Annual statistical returns and brief notes on vaccination in Bengal - 1887-1898
Year: 1887
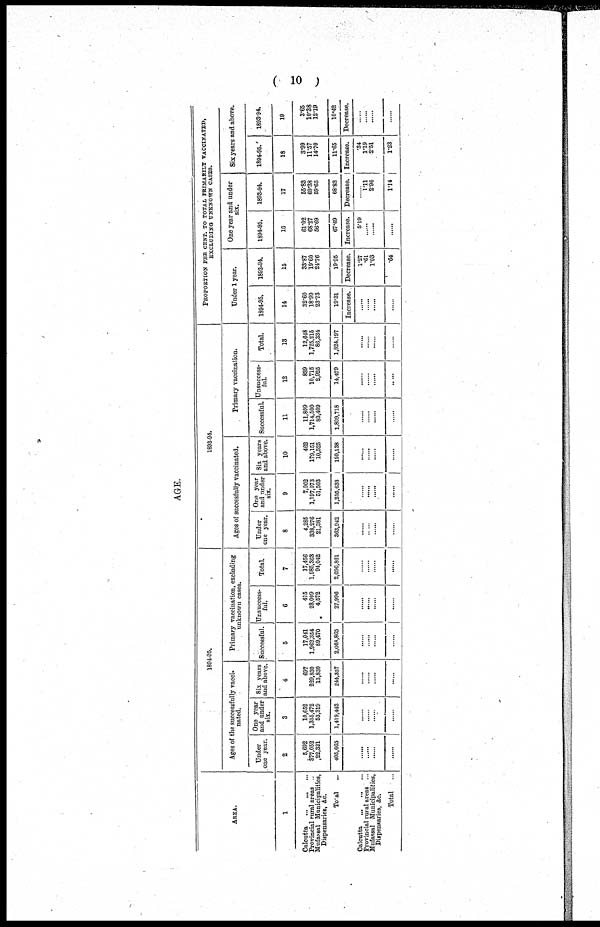
( 10 )
AGE.
AREA.
1
Calcutta
...
...
...
Provincial rural areas ...
Mufassal Municipalities,
Dispensaries, &c.
Total ...
Calcutta
...
...
...
Provincial rural areas ...
Mufassal Municipalities,
Dispensaries, &c.
Total ...
1894-95.
Ages of the successfully vacci-
nated.
Under
one year.
2
5,992
377,052
22,321
405,065
......
......
......
......
One year
and under
six.
3
10,652
1,355,472
53,319
1,419,443
......
......
......
......
Six years
and above.
4
697
239,830
13,830
244,357
......
......
......
......
Primary vaccination, excluding
unknown cases.
Successful.
5
17,041
1,962,354
89,470
2,068,865
......
......
......
......
Unsuccess-
ful.
6
415
23,009
4,572
27,996
......
......
......
......
Total.
7
17,456
1,985,363
94,042
2,096,861
......
......
......
......
1893-94.
Ages of succesfully vaccinated.
Under
one year.
8
4,285
338,276
21,381
363,942
......
......
......
......
One year
and under
six.
9
7,062
1,197,073
51,503
1,255,638
......
......
......
......
Six years
and above.
10
462
179,151
10,525
190,138
......
......
......
......
Primary vaccination.
Successful.
11
11,809
1,714,500
83,409
1,809,718
......
......
......
......
Unsuccess-
ful.
12
839
10,715
2,925
14,479
......
......
......
......
Total.
13
12,648
1,725,215
86,334
1,824,197
......
......
......
......
PROPORTION PER CENT. TO TOTAL PRIMARILY VACCINATED,
EXCLUDING UNKNOWN CASES.
Under 1 year.
1894-95.
14
32.60
18.99
23.73
19.31
Increase.
......
......
......
......
1893-94.
15
33.87
19.60
24.76
19.95
Decrease.
1.27
.61
1.03
.64
One year and under
six.
1894-95.
16
61.02
68.27
56.69
67.69
Increase.
5.19
......
......
......
1893-94.
17
55.83
69.38
59.65
68.83
Decrease.
......
1.11
2.96
1.14
Six years and above.
1894-95.
18
3.99
11.57
14.70
11.65
Increase.
.34
1.19
2.51
1.23
1893-94.
19
3.65
10.38
12.19
10.42
Decrease.
......
......
......
......